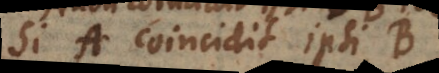
Si A coincidit ipsi B,